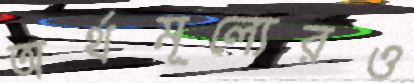
অর্থমূল্যেরও